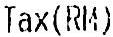
TAX (RM)